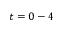
t = 0 - 4